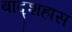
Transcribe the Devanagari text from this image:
बाद्शहास